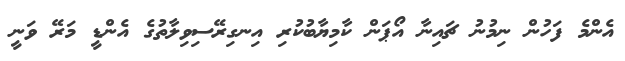
އެންމެ ފަހުން ނިމުނު ޗައިނާ އޯޕަން ކާމިޔާބުކުރި އިނގިރޭސިވިލާތުގެ އެންޑީ މަރޭ ވަނީ